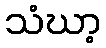
သံဃာ့